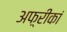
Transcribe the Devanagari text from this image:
अफ़्रीकां